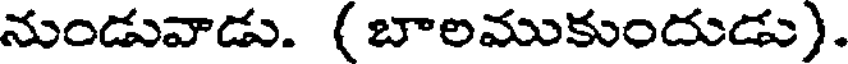
నుండువాడు. (బాలముకుందుడు).